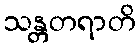
သန္တတရာတိ